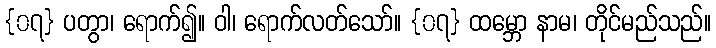
{၀၇} ပတွာ၊ ရောက်၍။ ဝါ၊ ရောက်လတ်သော်။ {၀၇} ထမ္ဘော နာမ၊ တိုင်မည်သည်။